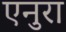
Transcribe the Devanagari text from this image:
एनुरा